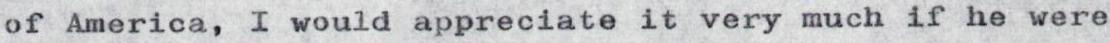
of America, I would appreciate it very much if he were